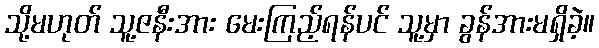
သို့မဟုတ် သူ့ဇနီးအား မေးကြည့်ရန်ပင် သူ့မှာ ခွန်အားမရှိခဲ့။